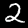
Digit: 2